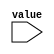
module assert #(parameter message = "unspecified")
               (input value);
    task test;
        if (~value) begin
            $display("ERROR: Assertion failed: %s", message);
            $finish(1);
        end
    endtask
endmodule